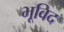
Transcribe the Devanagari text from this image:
भूविद